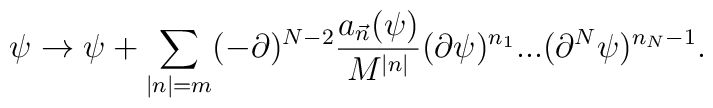
\psi \rightarrow \psi + \sum_{|n| = m} (-\partial)^{N-2} \frac{a_{\vec{n}}(\psi)}{M^{|n|}}  (\partial \psi)^{n_1} ... (\partial^N \psi)^{n_N-1}.